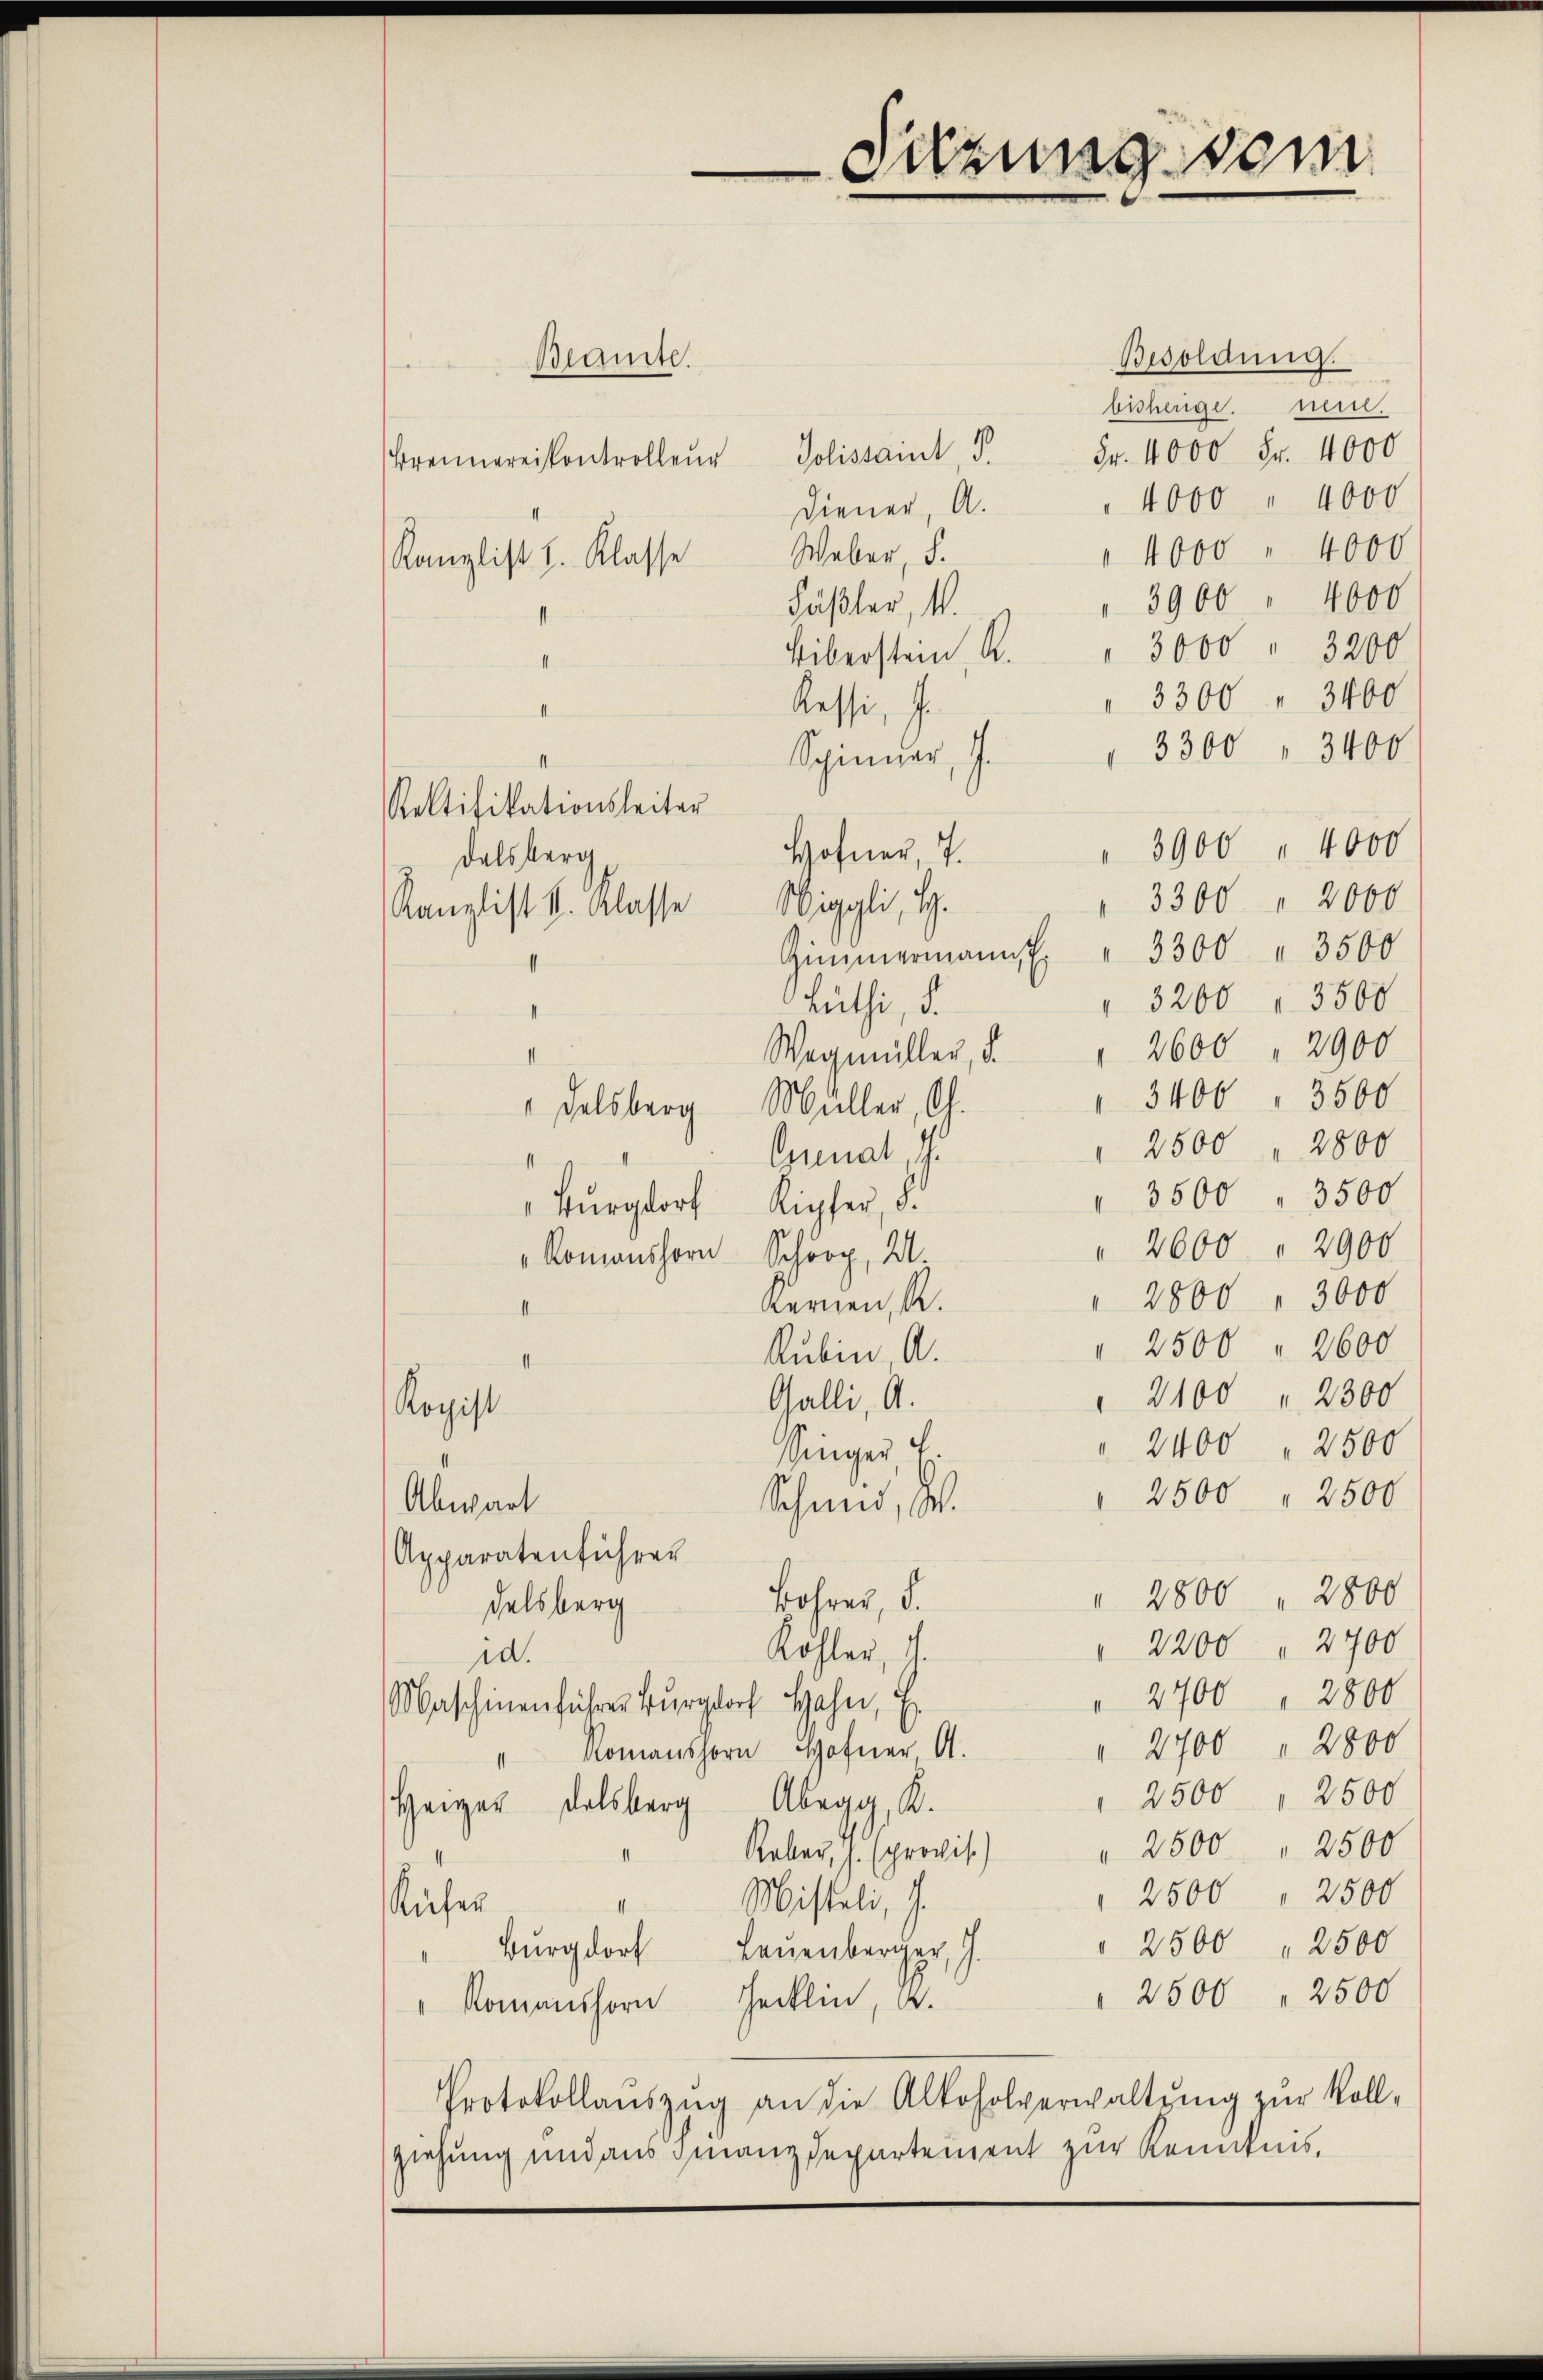
Beamte.

Sitzung vom

Besoldung.
bisherige. mei
Brennerei kontroller Jolissaint, 5. Fr. 4000 Fr. 4000
" 4000 " 4000
Diener, A.
" 4000 " 4000
Weber, S.
Kanzlist I. Klasse
" 3900 " 4000
Fäßler, 4.
Eiberstein, K. " 3000 " 3200
4
" 3300 " 3400
Kessi, s
II
 3300 " 3400
Spinner, J.
Rektifikationsleiter
3900 " 4000
Hofner 7.
z. Dalsberg,
" 3300 " 2000
Kanzlist k. Klasse Wiggli, H.
Zimmermannst. " 3300 " 3500
3200 " 3500
Rüthi, d.
2600 " 2900
Wegmüller, d.
" 3400 " 3500
"Felsberg Müller, G.
" 2500 " 2800
Ennat, ich
" 3500 " 3500
"Burgdorf Kipfer, d
" 2600 " 2900
„Romanshorn Schör, M.
" 2800 " 3000
Kernen, A.
1
" 2500 " 2600
Rubin A.
1
2100 " 2300
Galli, A.
Kopist
" 2400 " 2500
Singer
" 2500 " 2500
Abwart
Schmid, S.
Apparatenführer
 2800 " 2800
Bohrer, d.
Felsberg
" 2200 " 2700
Köhler, 1
id.
" 2700 " 2800
Maschinenführer Burgdorf Hahn, Er
" 2700 " 2800
Romanshorn Hofner A.
II
" 2500 " 2500
Heizer Delsberg Abegg, K.
" 2500 " 2500
Kaber, J. provis.)
1
2500 " 2500
Misteli, J.
II
Küfer
" 2500 " 2500
Burgdorf
Leuenberger, J.
 2500 " 2500
" Romanshorn Tecklin, d.
Protokollauszug an die Alkoholverwaltŭng zur Vollziehung und aus Finanzdepartement zur Kenntnis,